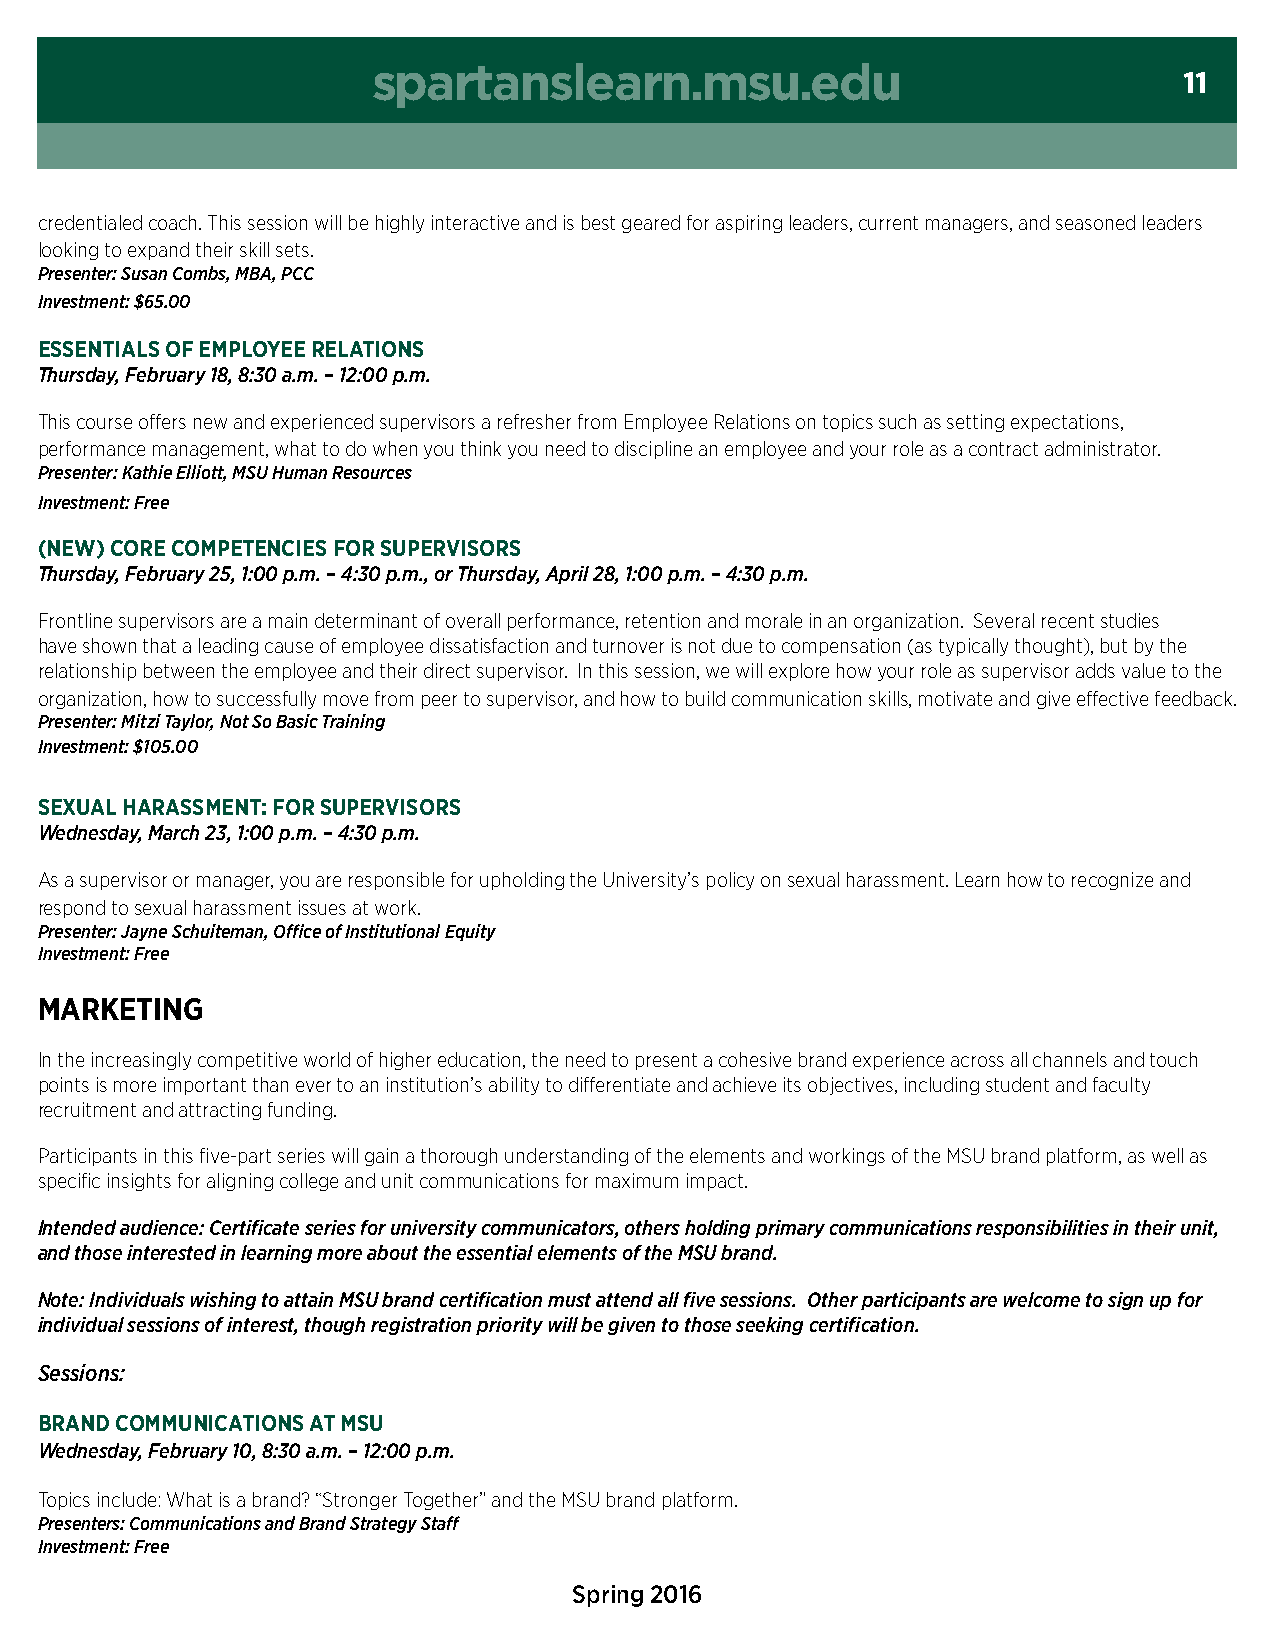
spartanslearn.msu.edu
 11
 credentialed coach. This session will be highly interactive and is best geared for aspiring leaders, current managers, and seasoned leaders
 looking to expand their skill sets.
 Presenter: Susan Combs, MBA, PCC
 Investment: $65.00
 essentials OF eMPlOYee relatiOns
 Thursday, February 18, 8:30 a.m. – 12:00 p.m.
 This course offers new and experienced supervisors a refresher from Employee Relations on topics such as setting expectations,
 performance management, what to do when you think you need to discipline an employee and your role as a contract administrator.
 Presenter: Kathie Elliott, MSU Human Resources
 Investment: Free
 (new) cOre cOMPetencies FOr sUPervisOrs
 Thursday, February 25, 1:00 p.m. – 4:30 p.m., or Thursday, April 28, 1:00 p.m. – 4:30 p.m.
 Frontline supervisors are a main determinant of overall performance, retention and morale in an organization. Several recent studies
 have shown that a leading cause of employee dissatisfaction and turnover is not due to compensation (as typically thought), but by the
 relationship between the employee and their direct supervisor. In this session, we will explore how your role as supervisor adds value to the
 organization, how to successfully move from peer to supervisor, and how to build communication skills, motivate and give effective feedback.
 Presenter: Mitzi Taylor, Not So Basic Training
 Investment: $105.00
 seXUal HarassMent: FOr sUPervisOrs
 Wednesday, March 23, 1:00 p.m. – 4:30 p.m.
 As a supervisor or manager, you are responsible for upholding the University’s policy on sexual harassment. Learn how to recognize and
 respond to sexual harassment issues at work.
 Presenter: Jayne Schuiteman, Office of Institutional Equity
 Investment: Free
 MarKeting
 In the increasingly competitive world of higher education, the need to present a cohesive brand experience across all channels and touch
 points is more important than ever to an institution’s ability to differentiate and achieve its objectives, including student and faculty
 recruitment and attracting funding.
 Participants in this five-part series will gain a thorough understanding of the elements and workings of the MSU brand platform, as well as
 specific insights for aligning college and unit communications for maximum impact.
 Intended audience: Certificate series for university communicators, others holding primary communications responsibilities in their unit,
 and those interested in learning more about the essential elements of the MSU brand.
 Note: Individuals wishing to attain MSU brand certification must attend all five sessions. Other participants are welcome to sign up for
 individual sessions of interest, though registration priority will be given to those seeking certification.
 Sessions:
 Brand cOMMUnicatiOns at MsU
 Wednesday, February 10, 8:30 a.m. – 12:00 p.m.
 Topics include: What is a brand? “Stronger Together” and the MSU brand platform.
 Presenters: Communications and Brand Strategy Staff
 Investment: Free
 Spring 2016